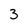
Character: 3